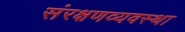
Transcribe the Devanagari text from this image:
संरक्षणव्यवस्था